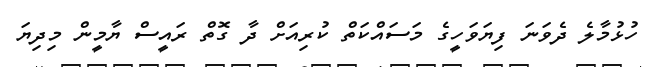
ހުޅުމާލެ ދެވަނަ ފިޔަވަހީގެ މަސައްކަތް ކުރިއަށް ދާ ގޮތް ރައީސް ޔާމީން މިދިޔަ